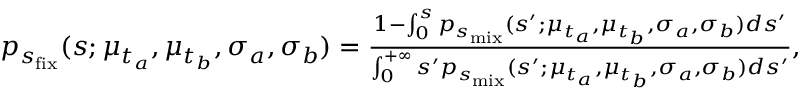
\begin{array} { r } { p _ { s _ { \mathrm { f i x } } } ( s ; \mu _ { t _ { a } } , \mu _ { t _ { b } } , \sigma _ { a } , \sigma _ { b } ) = \frac { 1 - \int _ { 0 } ^ { s } p _ { s _ { \mathrm { m i x } } } ( s ^ { \prime } ; \mu _ { t _ { a } } , \mu _ { t _ { b } } , \sigma _ { a } , \sigma _ { b } ) d s ^ { \prime } } { \int _ { 0 } ^ { + \infty } s ^ { \prime } p _ { s _ { \mathrm { m i x } } } ( s ^ { \prime } ; \mu _ { t _ { a } } , \mu _ { t _ { b } } , \sigma _ { a } , \sigma _ { b } ) d s ^ { \prime } } , } \end{array}